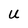
Character: U